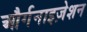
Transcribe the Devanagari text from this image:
और्गनाइज़ेशन